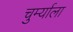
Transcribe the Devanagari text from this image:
चुर्म्याला